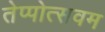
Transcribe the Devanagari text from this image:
तेप्पोत्सवम